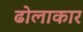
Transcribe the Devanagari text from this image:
ढोलाकार